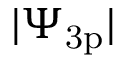
| \Psi _ { \mathrm { 3 p } } |